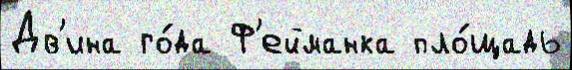
Дв'ина го́да Ф'ейманка пло́щадь